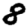
Digit: 8